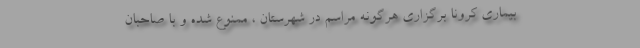
بیماری کرونا برگزاری هرگونه مراسم در شهرستان ، ممنوع شده و با صاحبان